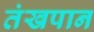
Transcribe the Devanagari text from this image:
तंखपान